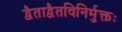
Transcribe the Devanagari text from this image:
द्वैताद्वैतविनिर्मुक्तः